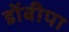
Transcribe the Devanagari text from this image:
डोंबीपा